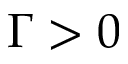
\Gamma > 0